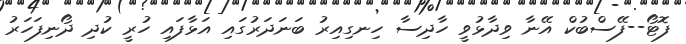
ފޮޓޯ--ފޭސްބުކް އޭނާ ވިދާޅުވީ ހާދިސާ ހިނގިއިރު ބަނަދަރުގައި އަޅާފައި ހުރީ ކުދި ދޯނިފަހަރު